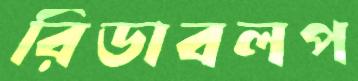
রিডাবলপ